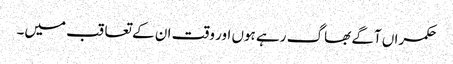
حکمراں آگے بھاگ رہے ہوں اور وقت ان کے تعاقب میں۔